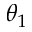
\theta _ { 1 }